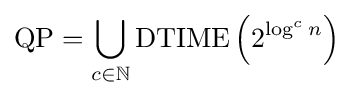
{\mbox{QP}}=\bigcup _{c\in \mathbb {N} }{\mbox{DTIME}}\left(2^{\log ^{c}n}\right)